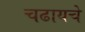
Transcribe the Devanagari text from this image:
चढायचे